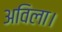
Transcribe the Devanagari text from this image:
अविला।